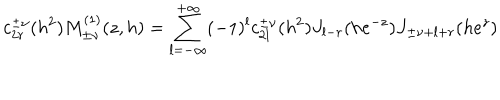
c _ { 2 r } ^ { \pm \nu } ( h ^ { 2 } ) M _ { \pm \nu } ^ { ( 1 ) } ( z , h ) = \sum _ { l = - \infty } ^ { + \infty } ( - 1 ) ^ { l } c _ { 2 l } ^ { \pm \nu } ( h ^ { 2 } ) J _ { l - r } ( h e ^ { - z } ) J _ { \pm \nu + l + r } ( h e ^ { z } )